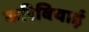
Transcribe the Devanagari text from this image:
करिबियाई